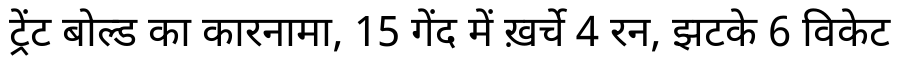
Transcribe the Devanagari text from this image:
ट्रेंट बोल्ड का कारनामा, 15 गेंद में ख़र्चे 4 रन, झटके 6 विकेट